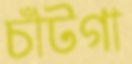
চাঁটগা